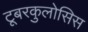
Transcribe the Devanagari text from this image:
टूबरकुलोसिस